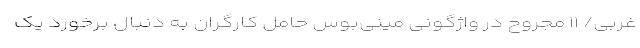
غربی/ ۱۱ مجروح در واژگونی مینی‌بوس حامل کارگران به دنبال برخورد یک